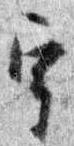
宇